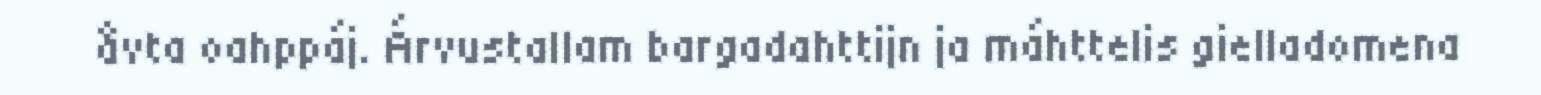
åvta oahppáj. Árvustallam bargadahttijn ja máhttelis gielladomena